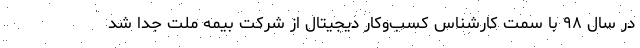
در سال ۹۸ با سمت کارشناس کسب‌وکار دیجیتال از شرکت بیمه ملت جدا شد